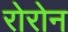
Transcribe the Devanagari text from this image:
रोरोन